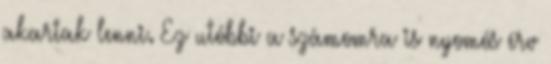
akartak lenni. Ez utóbbi a számomra is nyomós érv